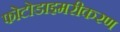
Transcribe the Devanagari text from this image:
फोटोडाइमरीकरण